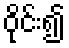
ဝိုင်း၍